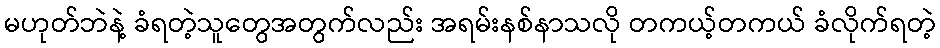
မဟုတ်ဘဲနဲ့ ခံရတဲ့သူတွေအတွက်လည်း အရမ်းနစ်နာသလို တကယ့်တကယ် ခံလိုက်ရတဲ့